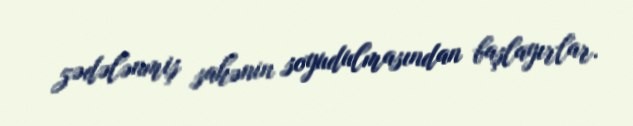
zədələnmiş sahənin soyudulmasından başlayırlar.